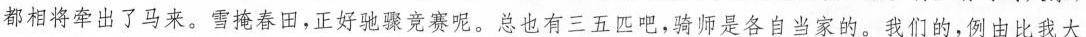
都相将牵出了马来。雪掩春田，正好驰骤竞赛呢。总也有三五匹吧，骑师是各自当家的。我们的，例由比我大